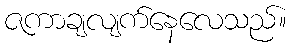
ဇကာချလျက်နေလေသည်။